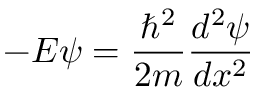
- E \psi = { \frac { \hbar ^ { 2 } } { 2 m } } { \frac { d ^ { 2 } \psi } { d x ^ { 2 } } }